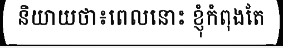
និយាយថា៖ពេលនោះ ខ្ញុំកំពុងតែ